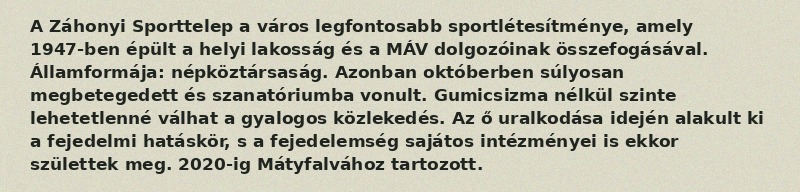
A Záhonyi Sporttelep a város legfontosabb sportlétesítménye, amely 1947-ben épült a helyi lakosság és a MÁV dolgozóinak összefogásával. Államformája: népköztársaság. Azonban októberben súlyosan megbetegedett és szanatóriumba vonult. Gumicsizma nélkül szinte lehetetlenné válhat a gyalogos közlekedés. Az ő uralkodása idején alakult ki a fejedelmi hatáskör, s a fejedelemség sajátos intézményei is ekkor születtek meg. 2020-ig Mátyfalvához tartozott.